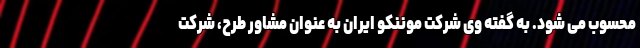
محسوب می شود. به گفته وی شرکت موننکو ایران به عنوان مشاور طرح، شرکت